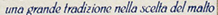
una grande tradizione nella scelta del malto